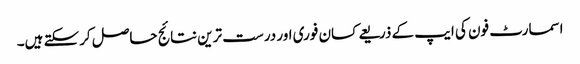
اسمارٹ فون کی ایپ کے ذریعے کسان فوری اور درست ترین نتائج حاصل کرسکتے ہیں۔